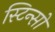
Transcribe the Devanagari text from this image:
स्टिन्सों